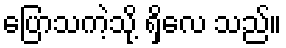
ပြောသကဲ့သို့ ရှိလေ သည်။